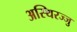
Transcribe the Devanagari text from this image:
अस्थिरज्जु